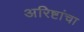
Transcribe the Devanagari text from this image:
अरिष्टांचा